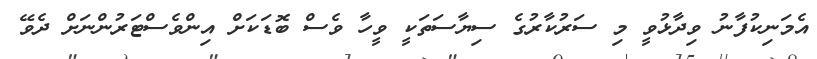
އެމަނިކުފާނު ވިދާޅުވީ މި ސަރުކާރުގެ ސިޔާސަތަކީ ވީހާ ވެސް ބޮޑަކަށް އިންވެސްޓަރުންނަށް ދެވޭ